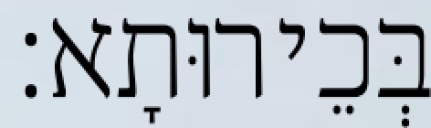
בְּכֵירוּתָא׃